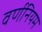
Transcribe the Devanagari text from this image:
वर्णनियम